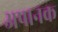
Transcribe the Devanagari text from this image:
अपानक